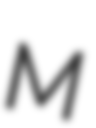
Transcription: M